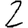
Digit: 2